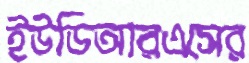
ইউডিআরএসের